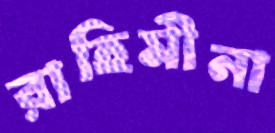
রাহিমীনা